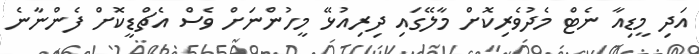
އަދި މީޑިއާ ނެޓް މެދުވެރިކޮށް މާލޭގައި ދިރިއުޅޭ މީހުންނަށް ވެސް އެޗްޑީކޮށް ފެންނާނެ